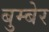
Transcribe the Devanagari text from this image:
बुम्बेर